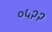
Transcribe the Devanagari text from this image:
०५२२